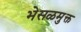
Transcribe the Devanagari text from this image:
भेसळमुक्त